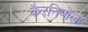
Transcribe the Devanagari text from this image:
कैरनियोला